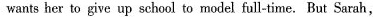
wantsher to give up school to model full-time. But Sarah,